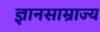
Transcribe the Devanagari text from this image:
ज्ञानसाम्राज्य